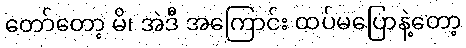
တော်တော့ မိ၊ အဲဒီ အကြောင်း ထပ်မပြောနဲ့တော့